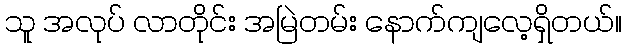
သူ အလုပ် လာတိုင်း အမြဲတမ်း နောက်ကျလေ့ရှိတယ်။